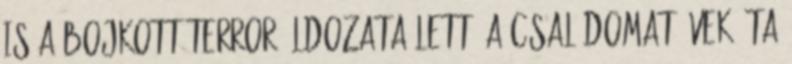
is a bojkott-terror áldozata lett. A családomat évek óta